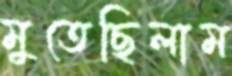
মুতেছিলাম